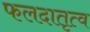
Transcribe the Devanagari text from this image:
फलदातृत्व